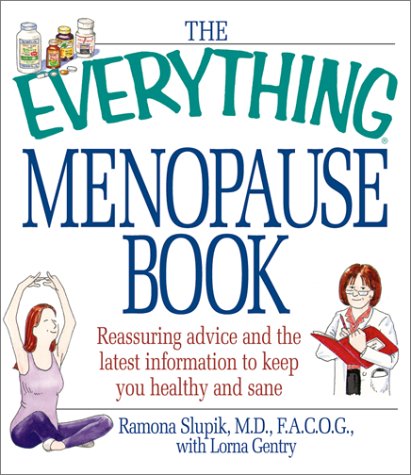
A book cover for The Everything Menopause Book: Reassuring Advice and the Latest Information to Keep You Healthy and Sane (Everything Series); Ramona Slupik; Health, Fitness & Dieting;